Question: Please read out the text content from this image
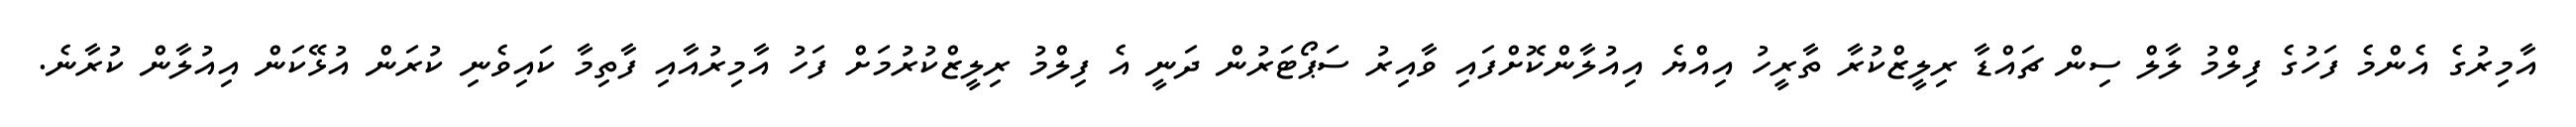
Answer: އާމިރުގެ އެންމެ ފަހުގެ ފިލްމު ލާލް ސިން ޗައްޑާ ރިލީޒްކުރާ ތާރީހު އިއްޔެ އިއުލާންކޮށްފައި ވާއިރު ސަޕޯޓަރުން ދަނީ އެ ފިލްމު ރިލީޒްކުރުމަށް ފަހު އާމިރުއާއި ފާތިމާ ކައިވެނި ކުރަން އުޅޭކަން އިއުލާން ކުރާނެ.